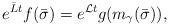
LaTeX: \begin{align*}e^{\bar L t}f(\bar\sigma)=e^{\mathcal L t} g(m_{\gamma}(\bar\sigma)),\end{align*}